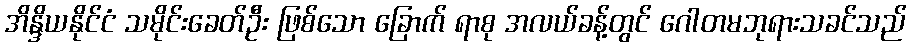
အိန္ဒိယနိုင်ငံ သမိုင်းခေတ်ဦး ဖြစ်သော ခြောက် ရာစု အလယ်ခန့်တွင် ဂေါတမဘုရားသခင်သည်